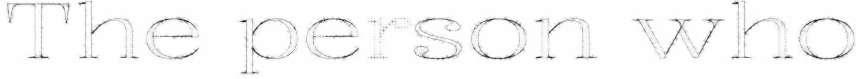
The person who